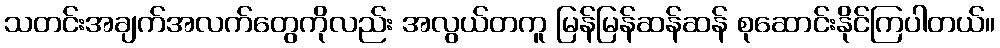
သတင်းအချက်အလက်တွေကိုလည်း အလွယ်တကူ မြန်မြန်ဆန်ဆန် စုဆောင်းနိုင်ကြပါတယ်။